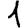
Digit: 1